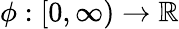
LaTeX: \phi:[0,\infty)\rightarrow\mathbb{R}